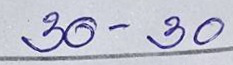
30 - 30